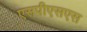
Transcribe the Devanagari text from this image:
एसपीएसएस